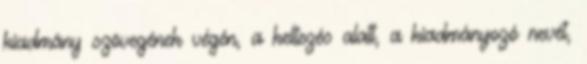
kiadmány szövegének végén, a keltezés alatt, a kiadmányozó nevét,